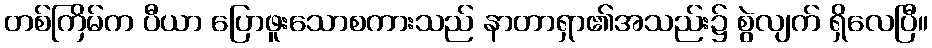
တစ်ကြိမ်က ပီယာ ပြောဖူးသောစကားသည် နာတာရှာ၏အသည်း၌ စွဲလျက် ရှိလေပြီ။